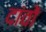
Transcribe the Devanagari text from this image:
दांवों